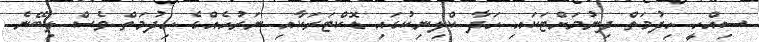
ސިއްހީ ހިދުމަތް ދިނުމަށްޓަކައި ހަދާ ކްލިނިކުގައި ޑޮކްޓަރަކާއި ނަރުހެއްގެ ހިދުމަތް ވެސް ލިބޭނެ